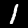
Label: 1